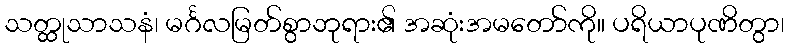
သတ္ထုသာသနံ၊ မင်္ဂလမြတ်စွာဘုရား၏ အဆုံးအမတော်ကို။ ပရိယာပုဏိတွာ၊